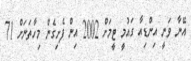
އޭނާ ވަނީ އިންޑިއާ ގައުމީ ޓީމަށް 2002 އިން ފެށިގެން މިހާތަނަށް 71